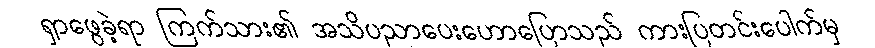
ရှာဖွေခဲ့ရာ ကြက်သား၏ အသိပညာပေးဟောပြောသည် ကားပြတင်းပေါက်မှ